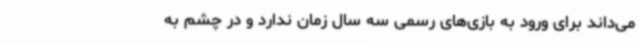
می‌داند برای ورود به بازی‌های رسمی سه سال زمان ندارد و در چشم‌ به